Lunatic asylums Madras 1877-1891 - 1877-1891
Year: 1877
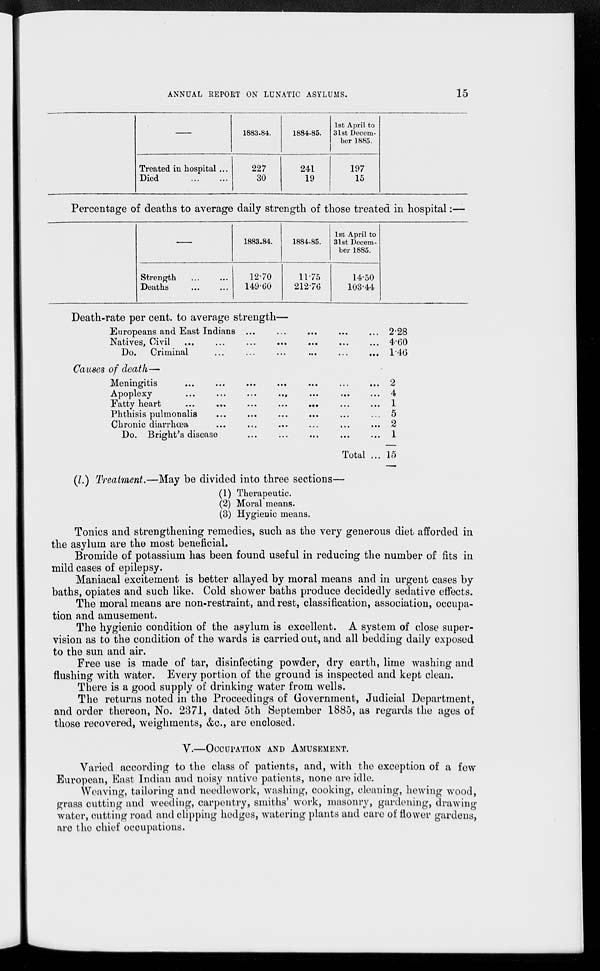
ANNUAL REPORT ON LUNATIC ASYLUMS.
15
—
Treated in hospital ...
Died ... ...
1883.84.
227
30
1884-85.
241
19
1st April to
31st Decem-
ber 1885.
197
15
Percentage of deaths to average daily strength of those treated in hospital:—
—
Strength ... ...
Deaths ... ...
1883-84.
12.70
149.60
1884-85.
11.75
212.76
1st April to
31st Decem-
ber 1885.
14.50
103.44
Death-rate per cent. to average strength—
Europeans and East Indians ... ... ... ... ...
Natives, Civil ... ... ... ... ... ...
Do. Criminal
...
...
... ... ... ...
Causes of death—
Meningitis
...
...
...
...
...
...
...
Apoplexy
...
...
...
...
...
...
...
Fatty heart
...
...
...
...
...
...
...
Phthisis pulmonalis
...
...
...
... ... ...
Chronic diarrhœa
...
... ... ... ... ...
Do. Bright's disease
...
...
Total ...
2.28
4.60
1.46
2
4
1
5
2
1
15
(l.) Treatment.—May be divided into three sections—
(1) Therapeutic.
(2) Moral means.
(3) Hygienic means.
Tonics and strengthening remedies, such as the very generous diet afforded in
the asylum are the most beneficial.
Bromide of potassium has been found useful in reducing the number of fits in
mild cases of epilepsy.
Maniacal excitement is better allayed by moral means and in urgent cases by
baths, opiates and such like. Cold shower baths produce decidedly sedative effects.
The moral means are non-restraint, and rest, classification, association, occupa-
tion and amusement.
The hygienic condition of the asylum is excellent. A system of close super-
vision as to the condition of the wards is carried out, and all bedding daily exposed
to the sun and air.
Free use is made of tar, disinfecting powder, dry earth, lime washing and
flushing with water. Every portion of the ground is inspected and kept clean.
There is a good supply of drinking water from wells.
The returns noted in the Proceedings of Government, Judicial Department,
and order thereon, No. 2371, dated 5th September 1885, as regards the ages of
those recovered, weighments, &c., are enclosed.
V.—OCCUPATION AND AMUSEMENT.
Varied according to the class of patients, and, with the exception of a few
European, East Indian and noisy native patients, none are idle.
Weaving, tailoring and needlework, washing, cooking, cleaning, hewing wood,
grass cutting and weeding, carpentry, smiths' work, masonry, gardening, drawing
water, cutting road and clipping hedges, watering plants and care of flower gardens,
are the chief occupations.